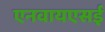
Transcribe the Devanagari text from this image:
एनवायएसई